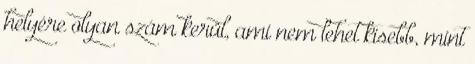
helyére olyan szám kerül, ami nem lehet kisebb, mint